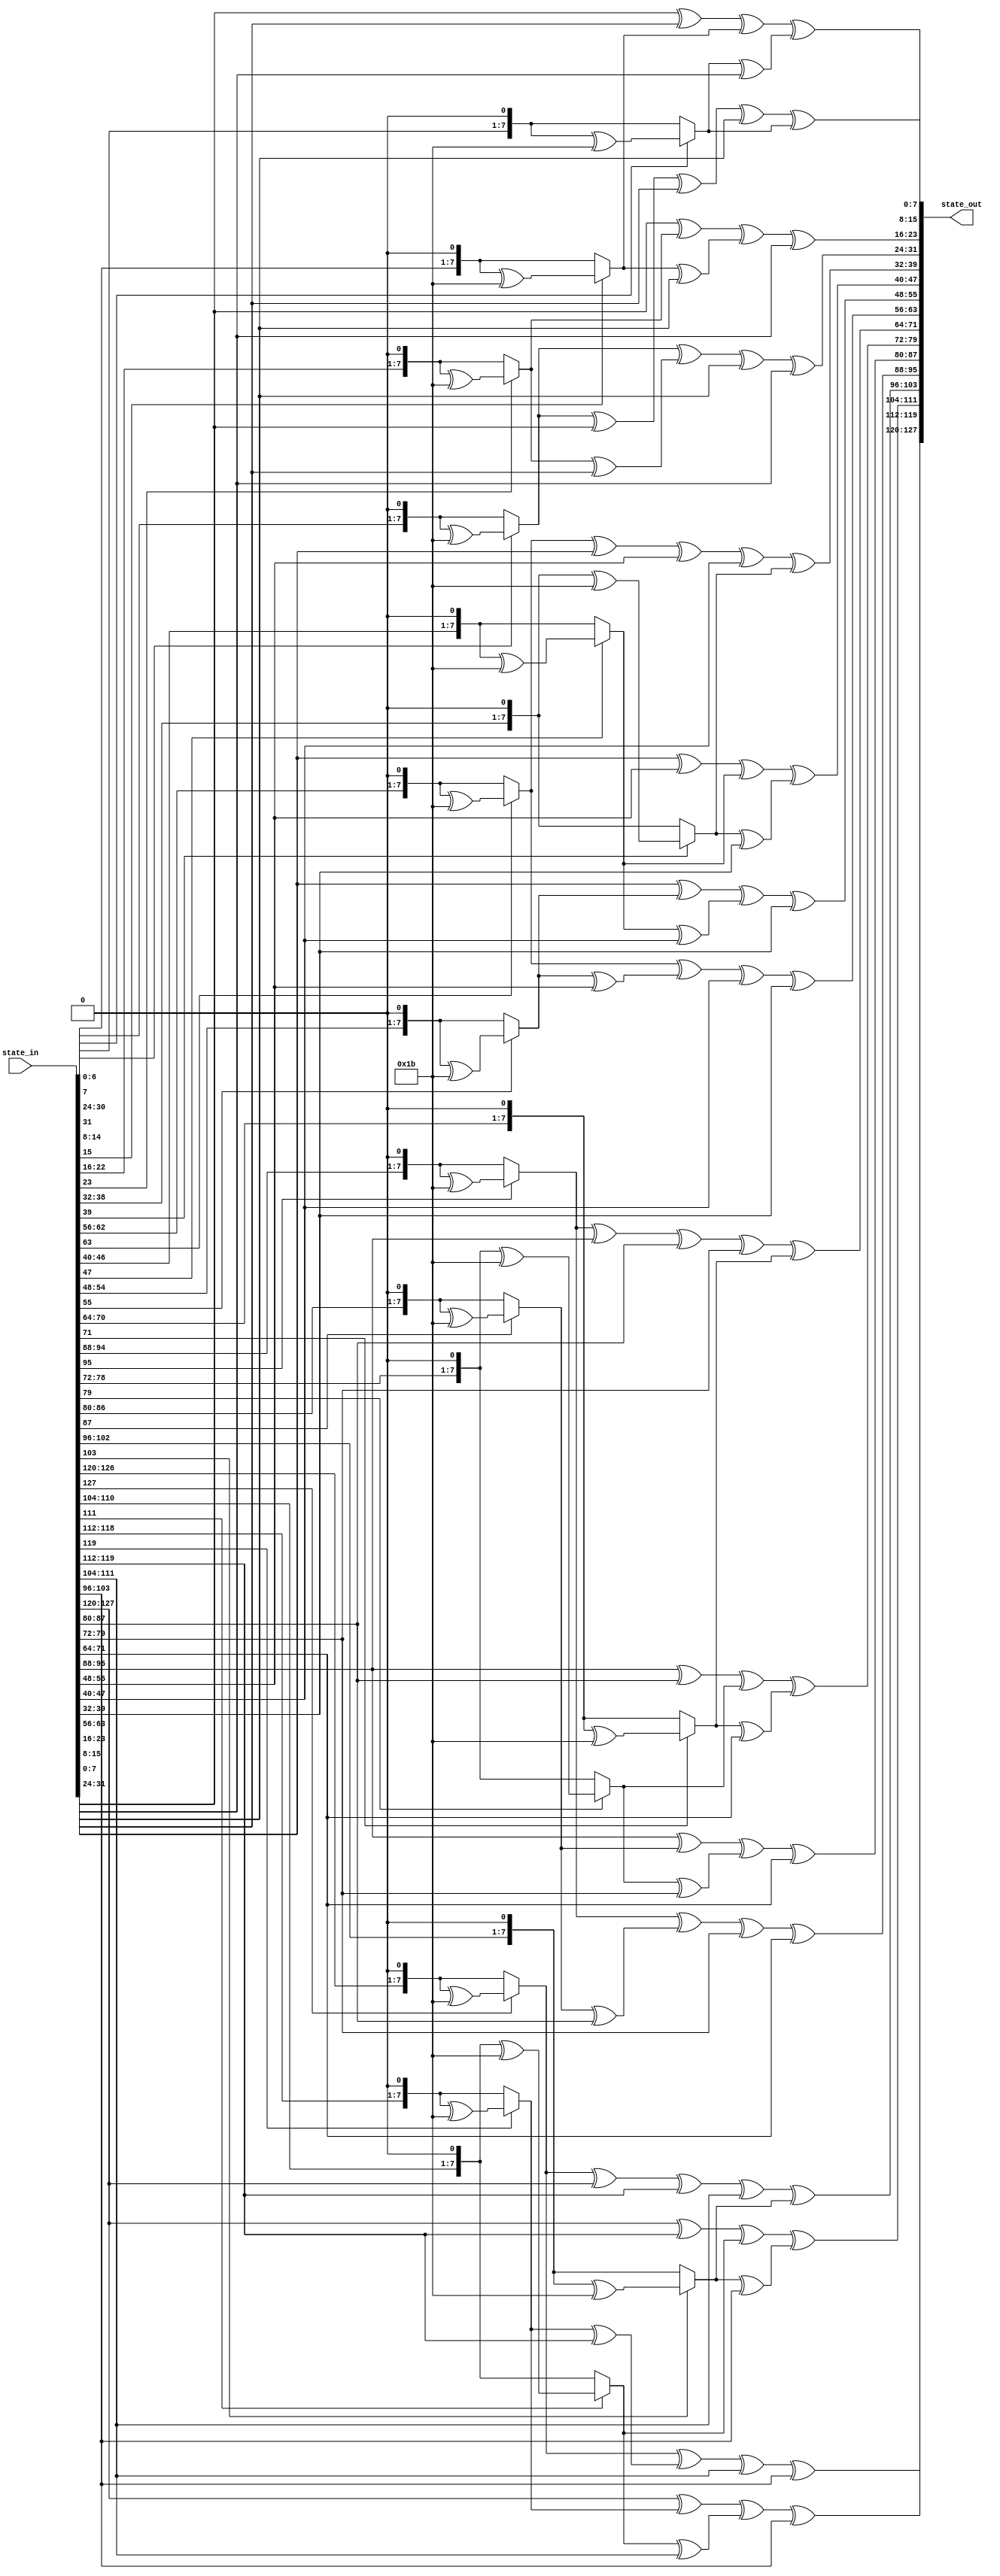
module mixColumns(state_in,state_out);

input [0:127] state_in;
output[0:127] state_out;

function [7:0] mul02;
	input [7:0] x;
	begin 
			if(x[7] == 1) mul02 = ((x << 1) ^ 8'h1b);
			else mul02 = x << 1; 
	end 	
endfunction


function [7:0] mul03;
	input [7:0] x;
	begin 
			
			mul03 = mul02(x) ^ x;
	end 
endfunction


genvar i;

generate

for(i=0;i< 4;i=i+1) begin : m_col

assign state_out[i*32+:8]= mul02(state_in[i*32+:8]) ^ mul03(state_in[(i*32 + 8)+:8]) ^ state_in[(i*32 + 16)+:8] ^ state_in[(i*32 + 24)+:8];
assign state_out[(i*32 + 8)+:8]= state_in[i*32+:8] ^ mul02(state_in[(i*32 + 8)+:8]) ^ mul03(state_in[(i*32 + 16)+:8]) ^ state_in[(i*32 + 24)+:8];
assign state_out[(i*32 + 16)+:8]= state_in[i*32+:8] ^ state_in[(i*32 + 8)+:8] ^ mul02(state_in[(i*32 + 16)+:8]) ^ mul03(state_in[(i*32 + 24)+:8]);
assign state_out[(i*32 + 24)+:8]= mul03(state_in[i*32+:8]) ^ state_in[(i*32 + 8)+:8] ^ state_in[(i*32 + 16)+:8] ^ mul02(state_in[(i*32 + 24)+:8]);

end

endgenerate

endmodule